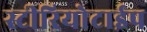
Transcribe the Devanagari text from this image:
स्टीरियोटाईप